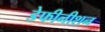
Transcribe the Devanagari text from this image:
डेफीनीशन